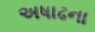
અષાઢના